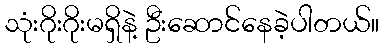
သုံးဂိုးဂိုးမရှိနဲ့ ဦးဆောင်နေခဲ့ပါတယ်။